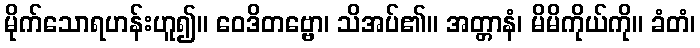
မိုက်သောရဟန်းဟူ၍။ ဝေဒိတဗ္ဗော၊ သိအပ်၏။ အတ္တာနံ၊ မိမိကိုယ်ကို။ ခံတံ၊